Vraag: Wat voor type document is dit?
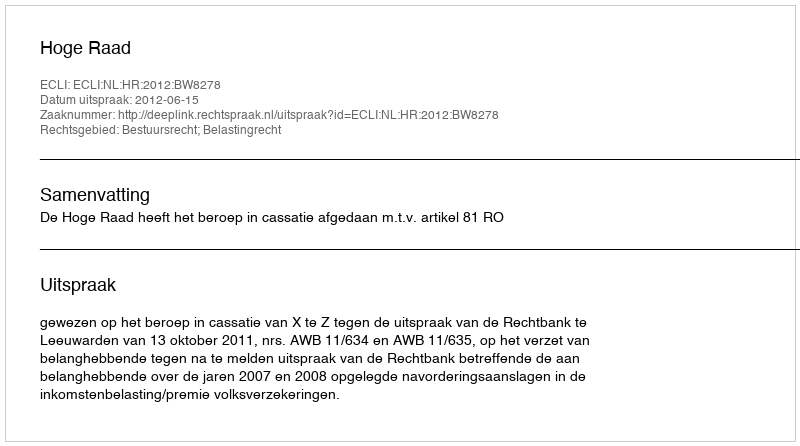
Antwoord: Uitspraak